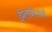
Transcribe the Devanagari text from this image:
ईम्लीमेन्टर्स